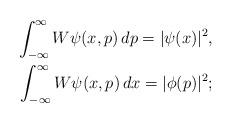
LaTeX: \begin{align*}\int_{-\infty}^\infty W\psi(x,p) \, dp = |\psi(x)|^2,\\\int_{-\infty}^\infty W\psi(x,p) \, dx = |\phi(p)|^2;\end{align*}